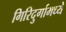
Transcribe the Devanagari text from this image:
गिरिदुर्गामध्ये